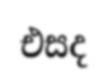
එසද